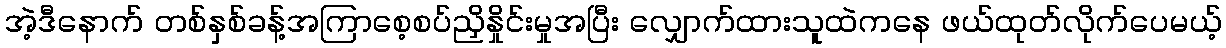
အဲ့ဒီနောက် တစ်နှစ်ခန့်အကြာစေ့စပ်ညှိနှိုင်းမှုအပြီး လျှောက်ထားသူထဲကနေ ဖယ်ထုတ်လိုက်ပေမယ့်